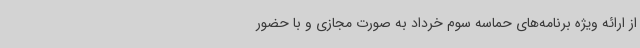
از ارائه ویژه‌ برنامه‌های حماسه سوم خرداد به صورت مجازی و با حضور